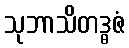
သုဘာသိတဒ္ဓဇံ